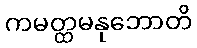
ကမတ္ထမနုဘောတိ